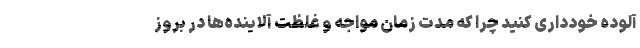
آلوده خودداری کنید چرا که مدت زمان مواجه و غلظت آلاینده‌ها در بروز